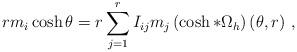
LaTeX: \begin{align*}rm_{i}\cosh \theta =r\sum\limits_{j=1}^{r}I_{ij}m_{j}\left( \cosh *\Omega_{h}\right) (\theta ,r)\,\,,\end{align*}